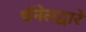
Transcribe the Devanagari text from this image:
चॅनेलद्वारे